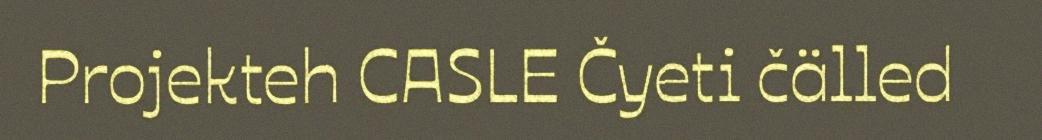
Projekteh CASLE Čyeti čälled